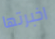
اخبرتها